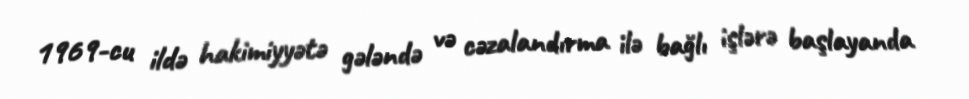
1969-cu ildə hakimiyyətə gələndə və cəzalandırma ilə bağlı işlərə başlayanda